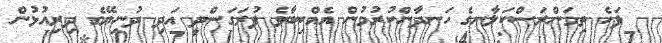
ފަހެ ތިމަންރަސްކަލާނގެ ހަނދާންކުރުމުން އެއްކިބާވެ ފުރަގަސްދީ އަދި ދުނިޔޭގެ ދިރިއުޅުން